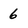
Character: 6